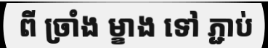
ពី ច្រាំង ម្ខាង ទៅ ភ្ជាប់